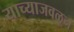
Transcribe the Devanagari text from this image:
याच्याजवळून